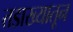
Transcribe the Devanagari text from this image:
तडाख्यातून